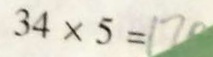
3 4 \times 5 = 1 7 0